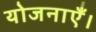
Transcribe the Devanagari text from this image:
योजनाएँ।